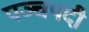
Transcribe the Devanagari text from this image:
पञ्चपदी